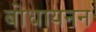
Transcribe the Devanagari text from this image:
बोधायनन